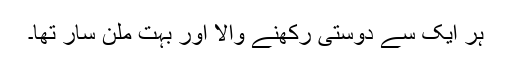
ہر ایک سے دوستی رکھنے والا اور بہت ملن سار تھا۔